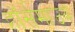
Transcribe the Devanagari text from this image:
हॉर्समाउथ